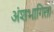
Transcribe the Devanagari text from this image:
अंशभागिता